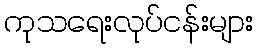
ကုသရေးလုပ်ငန်းများ